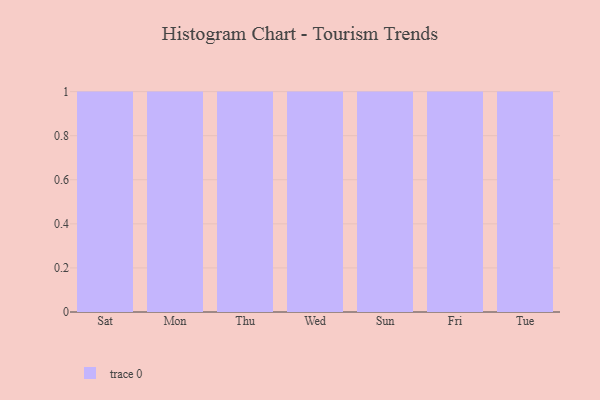
{"axis": {"x": "Day", "y": "Revenue (USD Million)"}, "legend": [""], "data": [{"x": "Sat", "y": 61, "type": ""}, {"x": "Mon", "y": 65, "type": ""}, {"x": "Thu", "y": 28, "type": ""}, {"x": "Wed", "y": 55, "type": ""}, {"x": "Sun", "y": 13, "type": ""}, {"x": "Fri", "y": 7, "type": ""}, {"x": "Tue", "y": 9, "type": ""}]}